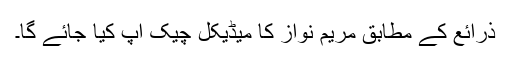
ذرائع کے مطابق مریم نواز کا میڈیکل چیک اپ کیا جائے گا۔